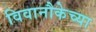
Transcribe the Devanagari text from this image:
विवानौकेच्या